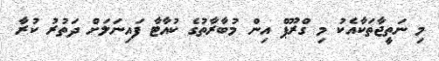
މި ނަތީޖާތަކާއެކު މި ގްރޫޕް އިން މުބާރާތުގެ ކުއާޓާ ފައިނަލަށް ދަތުރު ކުރާ